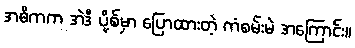
အဓိကက အဲဒီ ပို့စ်မှာ ပြောထားတဲ့ ကံစမ်းမဲ အကြောင်း။